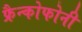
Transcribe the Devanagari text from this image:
फ्रैन्कोफोनी